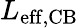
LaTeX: L_{\mathrm{eff,CB}}